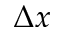
\Delta x